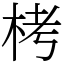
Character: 栲